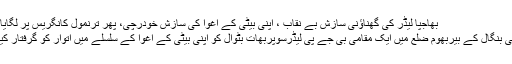
بھاجپا لیڈر کی گھناؤنی سازش بے نقاب ، اپنی بیٹی کے اغوا کی سازش خودرچی، پھر ترنمول کانگریس پر لگایا الزام
مغربی بنگال کے بیربھوم ضلع میں ایک مقامی بی جے پی لیڈرسوپربھات بٹوال کو اپنی بیٹی کے اغوا کے سلسلے میں اتوار کو گرفتار کیا گیا۔